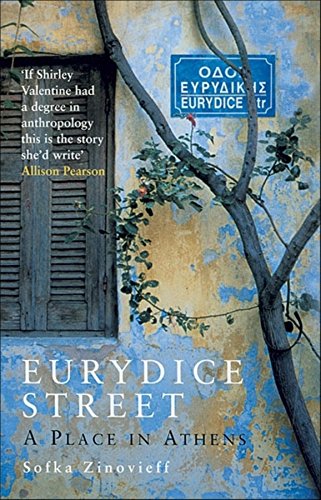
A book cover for Eurydice Street: A Place in Athens; Sofka Zinovieff; Travel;